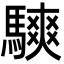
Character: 騻